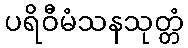
ပရိဝီမံသနသုတ္တံ